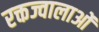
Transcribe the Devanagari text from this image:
रक्तज्वालाओं